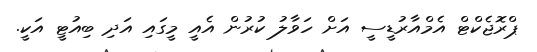
ޕްރޮޖެކްޓް އެމްއާރުޑީސީ އަށް ހަވާލު ކުރުން އެއީ މީގައި އަދި ބިއުޓީ އަކީ.